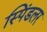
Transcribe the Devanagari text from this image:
स्पिंडलर